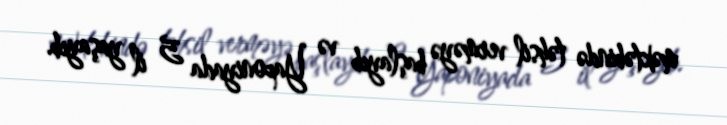
məktəbində təhsil verməyə başlayıb və Yaponiyada 5 il yaşayıb.